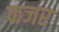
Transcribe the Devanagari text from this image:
फजर